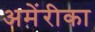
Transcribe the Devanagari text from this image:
अमेंरीका